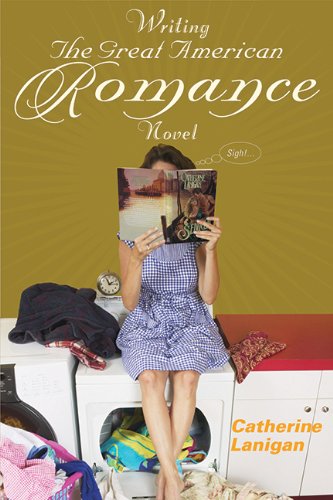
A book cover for Writing the Great American Romance Novel; Catherine Lanigan; Romance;